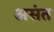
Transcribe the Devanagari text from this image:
असंत